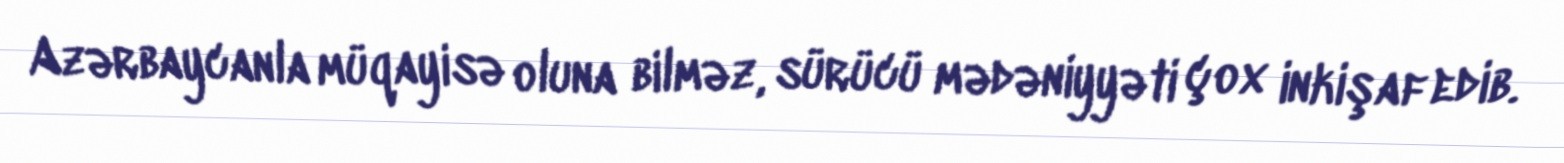
Azərbaycanla müqayisə oluna bilməz, sürücü mədəniyyəti çox inkişaf edib.